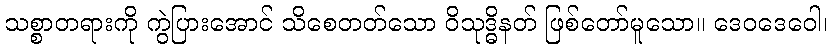
သစ္စာတရားကို ကွဲပြားအောင် သိစေတတ်သော ဝိသုဒ္ဓိနတ် ဖြစ်တော်မူသော။ ဒေဝဒေဝေါ၊